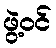
ဖွဲ့ဝင်